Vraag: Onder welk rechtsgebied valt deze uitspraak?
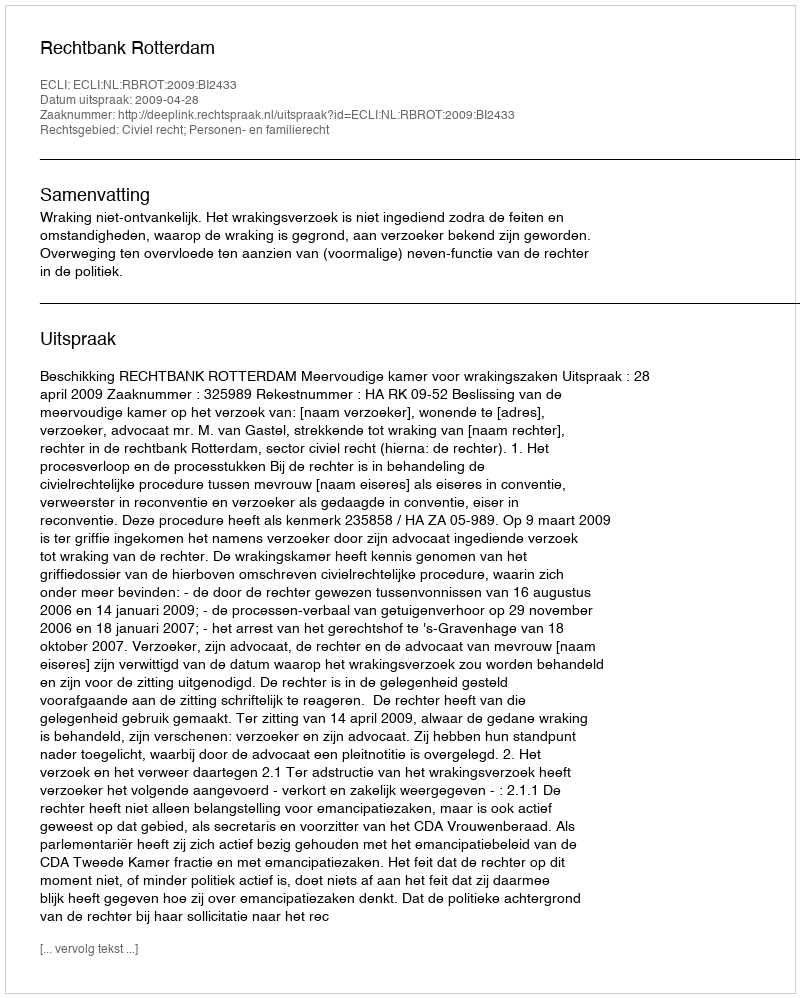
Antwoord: Civiel recht; Personen- en familierecht